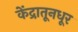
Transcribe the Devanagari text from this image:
केंद्रातूनधूर